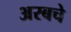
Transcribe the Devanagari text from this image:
अरबचे